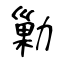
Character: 勦